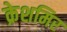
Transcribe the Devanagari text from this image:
क्रेशमिर